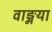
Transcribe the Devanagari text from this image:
वाङ्मया